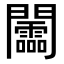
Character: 𨷰